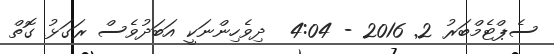
ސެޕްޓެމްބަރު 2